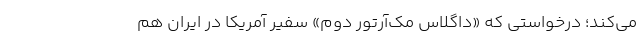
می‌کند؛ درخواستی که «داگلاس مک‌آرتور دوم» سفیر آمریکا در ایران هم